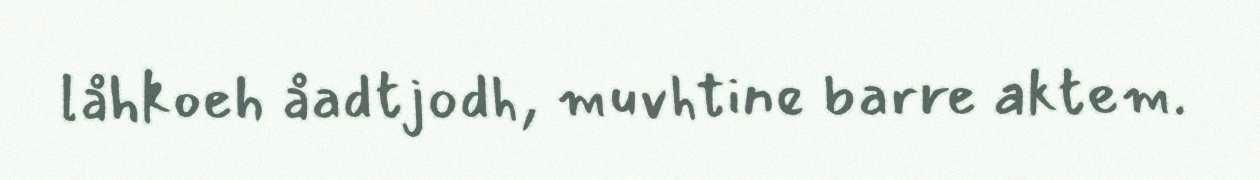
låhkoeh åadtjodh, muvhtine barre aktem.